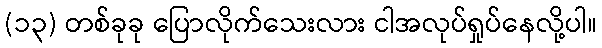
(၁၃) တစ်ခုခု ပြောလိုက်သေးလား ငါအလုပ်ရှုပ်နေလို့ပါ။